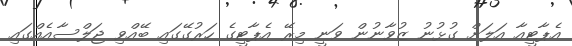
އެޕާޓީއާ އަލަށް ގުޅުނު ޒުވާނުން ވަނީ މިރޭ އެޕާޓީގެ ހަރުގޭގައި ބޭއްވި ޖަލްސާއެއްގައި